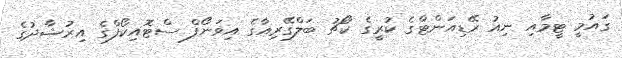
ގައުމީ ޓީމާއި ނިއު ރޭޑިއަންޓްގެ ކުރީގެ ކޯޗު ބަލްގޭރިއާގެ އިވަނޯފް ސްޓޮއިކޯފްގެ އިރުޝާދުގެ